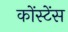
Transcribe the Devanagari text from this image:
कोंस्टेंस